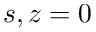
s , z = 0